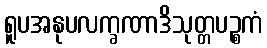
ရူပအနုပလက္ခဏာဒိသုတ္တပဉ္စကံ